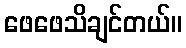
ဖေဖေသိချင်တယ်။